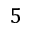
5